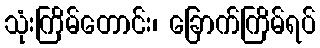
သုံးကြိမ်တောင်း၊ ခြောက်ကြိမ်ရပ်